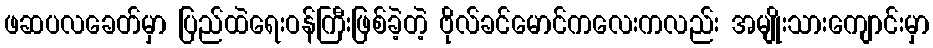
ဖဆပလခေတ်မှာ ပြည်ထဲရေးဝန်ကြီးဖြစ်ခဲ့တဲ့ ဗိုလ်ခင်မောင်ကလေးကလည်း အမျိုးသားကျောင်းမှာ